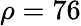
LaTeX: \rho=76